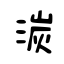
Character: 湠